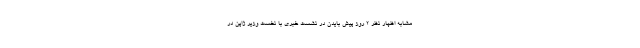
مشابه اظهار نظر 2 روز پیش بایدن در نشست خبری با نخست وزیر ژاپن در